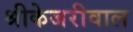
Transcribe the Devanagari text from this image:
श्रीकेजरीवाल